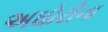
અઘોરીના